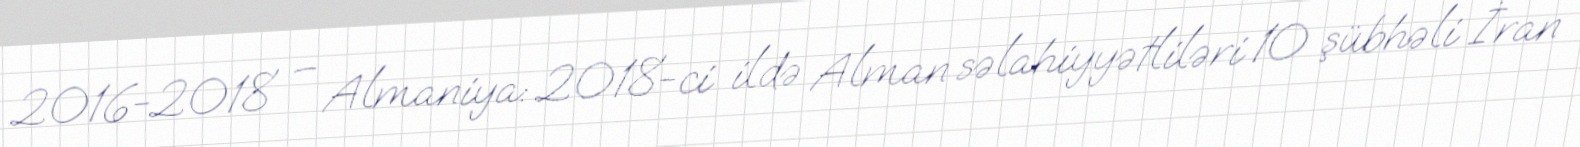
2016-2018 – Almaniya: 2018-ci ildə Alman səlahiyyətliləri 10 şübhəli İran